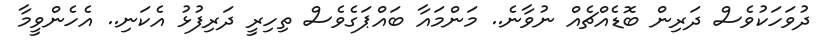
ދުވަހަކުވެސް ދަރިން ބޮޑެއްޗެއް ނުވާނެ.. މަންމައާ ބައްޕަގެވެސް ތިހިރީ ދަރިފުޅު އެކަނި.. އެހެންވީމާ